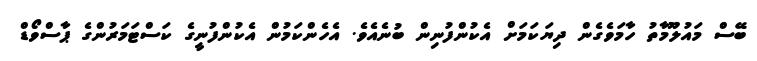
ބޭސް މައުލޫމާތު ހާމަވެގެން ދިޔަކަމަށް އެކުންފުނިން ބުނެއެވެ. އެހެންކަމުން އެކުންފުނީގެ ކަސްޓަމަރުންގެ ޕާސްވޯޑް